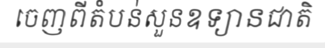
ចេញពីតំបន់សួនឧទ្យានជាតិ